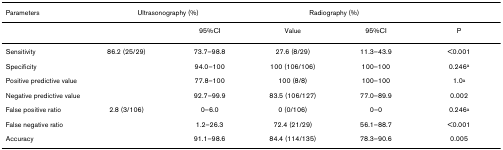
<table><thead><tr><td><b>Parameters</b></td><td colspan="2"><b>Ultrasonography (%)</b></td><td colspan="2"><b>Radiography (%)</b></td><td>[EMPTY_CELL]</td></tr></thead><tbody><tr><td>[EMPTY_CELL]</td><td>[EMPTY_CELL]</td><td>95%CI</td><td>Value</td><td>95%CI</td><td>P</td></tr><tr><td>Sensitivity</td><td>86.2 (25/29)</td><td>73.7–98.8</td><td>27.6 (8/29)</td><td>11.3–43.9</td><td>&lt;0.001</td></tr><tr><td>Specificity</td><td>[EMPTY_CELL]</td><td>94.0–100</td><td>100 (106/106)</td><td>100–100</td><td>0.246<sup>a</sup></td></tr><tr><td>Positive predictive value</td><td>[EMPTY_CELL]</td><td>77.8–100</td><td>100 (8/8)</td><td>100–100</td><td>1.0<sup>a</sup></td></tr><tr><td>Negative predictive value</td><td>[EMPTY_CELL]</td><td>92.7–99.9</td><td>83.5 (106/127)</td><td>77.0–89.9</td><td>0.002</td></tr><tr><td>False positive ratio</td><td>2.8 (3/106)</td><td>0–6.0</td><td>0 (0/106)</td><td>0–0</td><td>0.246<sup>a</sup></td></tr><tr><td>False negative ratio</td><td>[EMPTY_CELL]</td><td>1.2–26.3</td><td>72.4 (21/29)</td><td>56.1–88.7</td><td>&lt;0.001</td></tr><tr><td>Accuracy</td><td>[EMPTY_CELL]</td><td>91.1–98.6</td><td>84.4 (114/135)</td><td>78.3–90.6</td><td>0.005</td></tr></tbody></table>